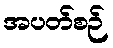
အပတ်စဉ်